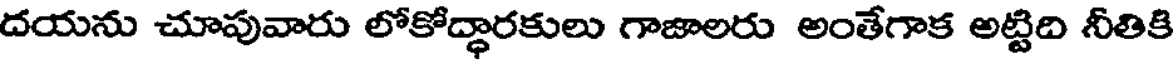
దయను చూపువారు లోకోద్ధారకులు గాజాలరు అంతేగాక అట్టిది నీతికి